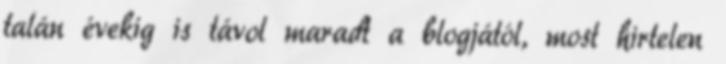
talán évekig is távol maradt a blogjától, most hirtelen